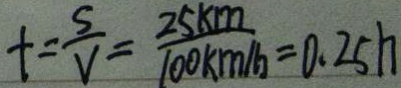
t = \frac { S } { V } = \frac { 2 5 k m } { 1 0 0 k m / h } = 0 . 2 5 h